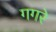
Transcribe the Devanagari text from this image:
गगरे